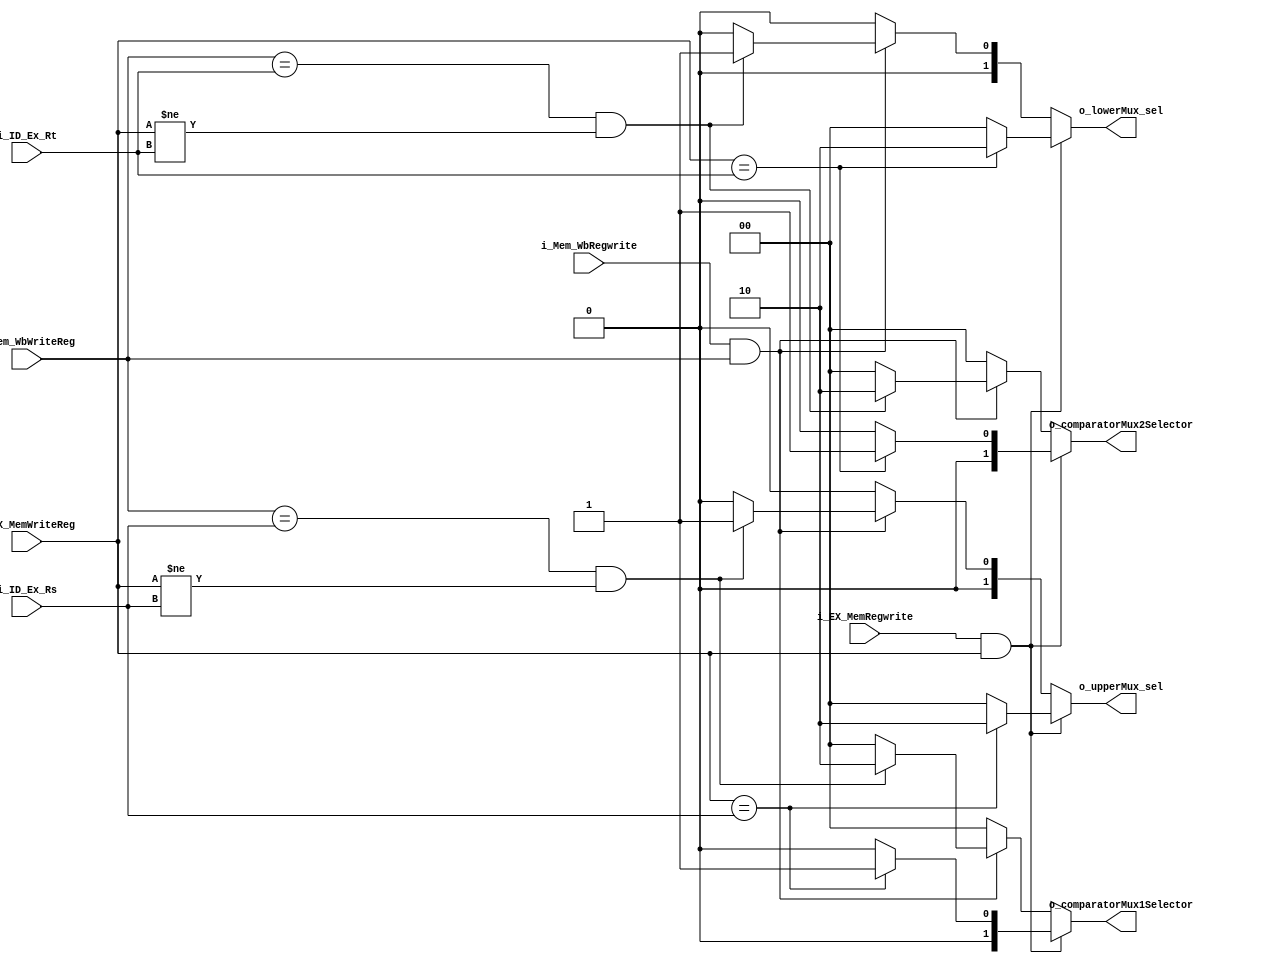
module ForwardingUnit(i_EX_MemRegwrite,i_EX_MemWriteReg,i_Mem_WbRegwrite,
							 i_Mem_WbWriteReg,i_ID_Ex_Rs,i_ID_Ex_Rt,
							 o_upperMux_sel,o_lowerMux_sel, o_comparatorMux1Selector,o_comparatorMux2Selector);
  
input i_EX_MemRegwrite, i_Mem_WbRegwrite;
input [4:0] i_EX_MemWriteReg , i_Mem_WbWriteReg, i_ID_Ex_Rs, i_ID_Ex_Rt;
output reg [1:0] o_upperMux_sel, o_lowerMux_sel;
output reg [1:0] o_comparatorMux1Selector,o_comparatorMux2Selector; 

always@(*)

begin
if(i_EX_MemRegwrite && i_EX_MemWriteReg)  //forwarding from ALU to ALU & from ALU to ID stage
begin
 if (i_EX_MemWriteReg==i_ID_Ex_Rs)
	begin
	
	o_upperMux_sel=2'b10;
	o_comparatorMux1Selector=2'b01;
	end
 else //no forwarding
 begin
 o_upperMux_sel=2'b00;
 o_comparatorMux1Selector=2'b00;
 end
	
 if(i_EX_MemWriteReg==i_ID_Ex_Rt)
	  begin
	o_lowerMux_sel=2'b10;
	o_comparatorMux2Selector=2'b01;
	  end
 else //no forwarding
 begin
 o_lowerMux_sel=2'b00;
 o_comparatorMux2Selector=2'b00;
 end
	
end

else if (i_Mem_WbRegwrite && i_Mem_WbWriteReg) //forwarding from Mem stage to ALU & from Mem stage to ID stage including double data hazard
begin
 if ((i_Mem_WbWriteReg==i_ID_Ex_Rs) && (i_EX_MemWriteReg!=i_ID_Ex_Rs))
	begin
	o_upperMux_sel=2'b01;
	o_comparatorMux1Selector=2'b10;
	end
 else //no forwarding
 begin
 o_upperMux_sel=2'b00;
 o_comparatorMux1Selector=2'b00;
 end
	

	
 if((i_Mem_WbWriteReg==i_ID_Ex_Rt) && (i_EX_MemWriteReg!=i_ID_Ex_Rt) )
 begin
	o_lowerMux_sel=2'b01;
	o_comparatorMux2Selector=2'b10;
 end

 else //no forwarding
 begin
 o_lowerMux_sel=2'b00;
 o_comparatorMux2Selector=2'b00;
 end
 
end

else    //No forwarding
begin
				 o_upperMux_sel=2'b00;
				 o_lowerMux_sel=2'b00;
				 o_comparatorMux1Selector=2'b00;
				 o_comparatorMux2Selector=2'b00;

 
end
end

endmodule